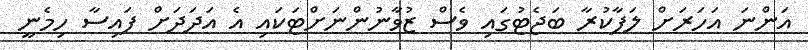
އަންނަ އަހަރަށް ލަފާކުރާ ބަޖެޓުގައި ވެސް ޒުވާނުންނަށްޓަކައި އެ އަދަދަށް ފައިސާ ހިމެނީ